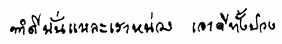
ทำดีนั่นแหละเราหน่วงเอาดีทั้งปวง